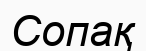
Сопақ